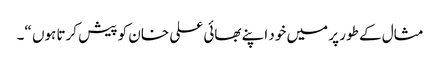
مثال کے طور پر میں خود اپنے بھائی علی خان کو پیش کرتا ہوں “۔